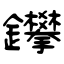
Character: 鑻